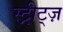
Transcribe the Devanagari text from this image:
स्ट्रीट्ज़